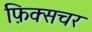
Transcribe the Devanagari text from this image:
फ़िक्सचर